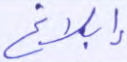
إبلاغ